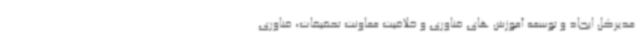
مدیرکل ایجاد و توسعه آموزش های فناوری و خلاقیت معاونت تحقیقات، فناوری